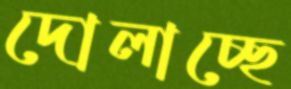
দোলাচ্ছে